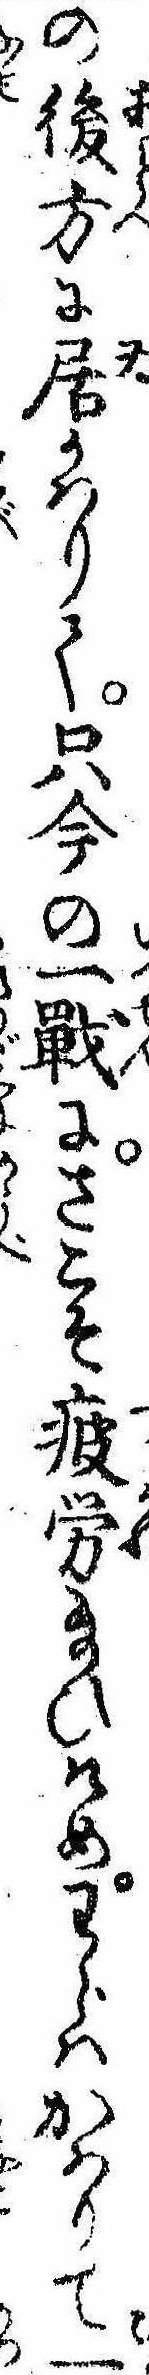
の後方に居かはりて只今の一戦にさこそ疲労給ひけめわらはかはりて一